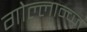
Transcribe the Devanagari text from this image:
गोल्लान्च्ज़